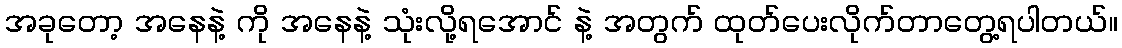
အခုတော့ အနေနဲ့ ကို အနေနဲ့ သုံးလို့ရအောင် နဲ့ အတွက် ထုတ်ပေးလိုက်တာတွေ့ရပါတယ်။